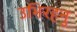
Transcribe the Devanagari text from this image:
उभिरहनु